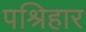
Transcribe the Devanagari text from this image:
पश्रिहार